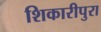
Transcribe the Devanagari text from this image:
शिकारीपुरा